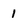
Character: 1